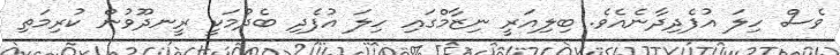
ވެސް ހިލަ އުފެދިދާނެއެވެ. ބިލިއަރީ ނިޒާމްގައި ހިލަ އުފެދި ބެދުމަކީ ރީނދޫވުން ކުރިމަތި